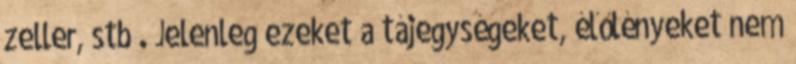
zeller, stb . Jelenleg ezeket a tájegységeket, élőlényeket nem